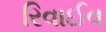
રિવાઈવ